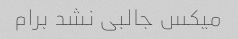
میکس جالبی نشد برام